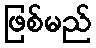
ဖြစ်မည်